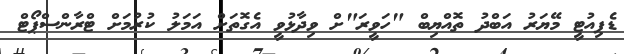
ޑެޕިއުޓީ މޭޔަރު އަބްދު ތޮއްޔިބް "ހަވީރަ"ށް ވިދާޅުވީ އެގޮތަށް އަމަލު ކުރުމަށް ޓްރާންސްޕޯޓް